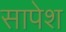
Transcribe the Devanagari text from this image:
सापेश